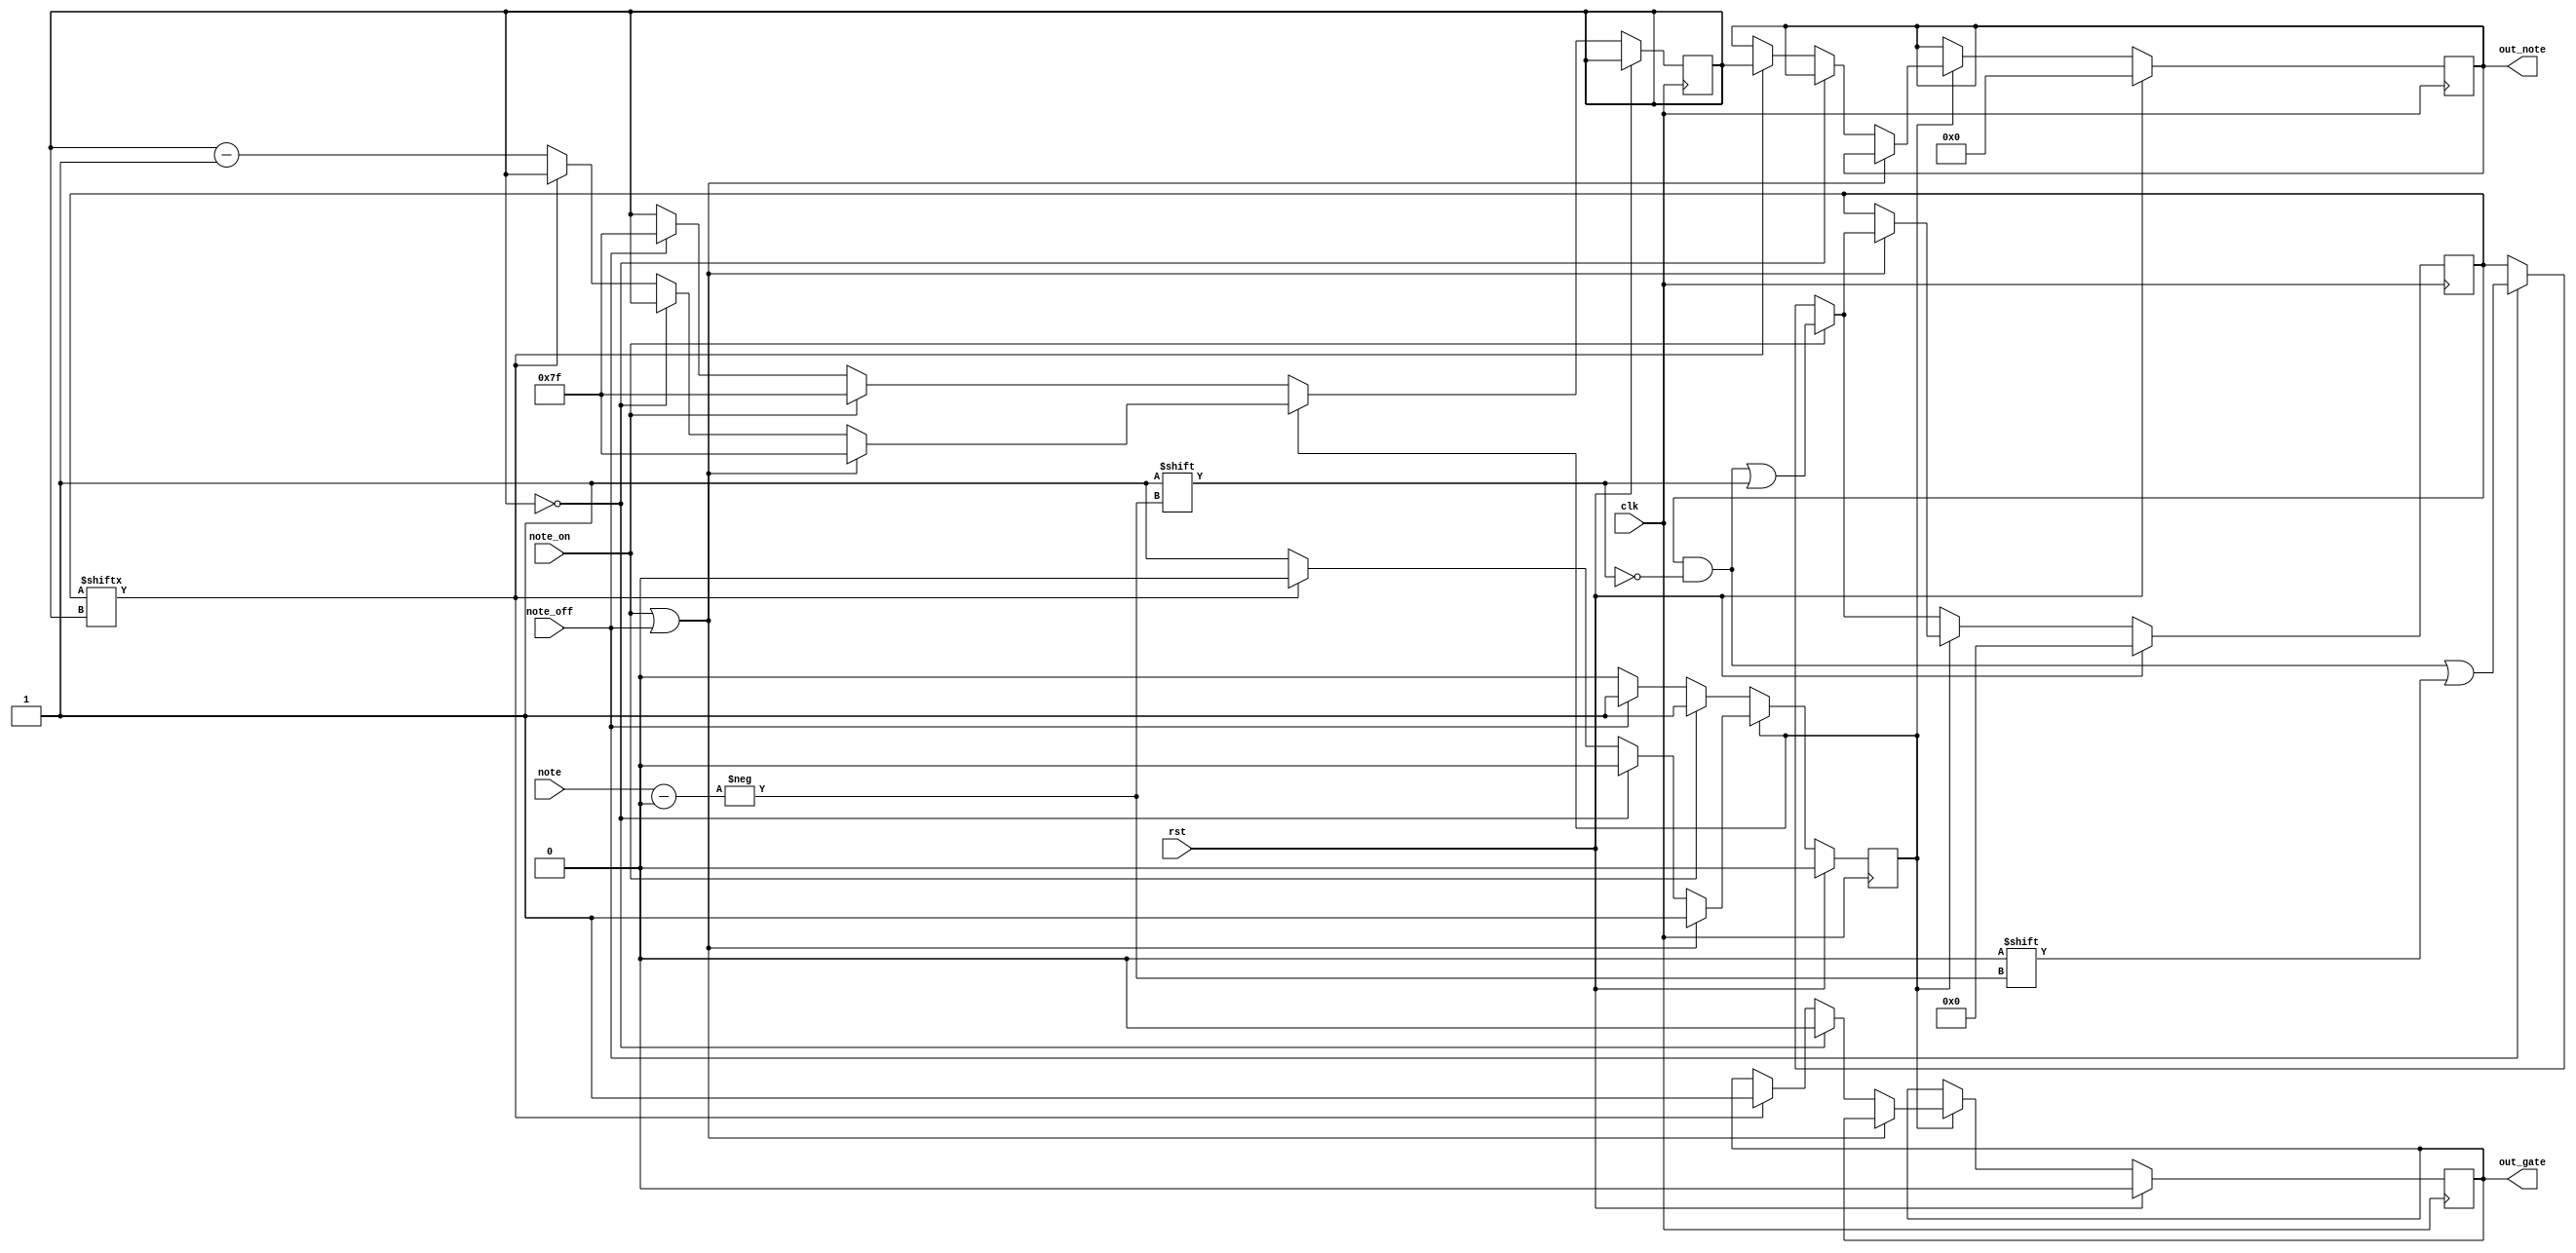
module note_mono_harray(clk, rst, note_on, note_off, note, out_note, out_gate);			   				   

//inputs outputs
input wire clk, rst, note_on, note_off;
input wire [6:0] note;
output wire [6:0] out_note;
output reg out_gate;

initial out_gate <= 0;

reg [6:0] t_out_note;
initial t_out_note <= 7'd0;

assign out_note = t_out_note;//(out_gate) ? t_out_note : 7'd0;

reg [127:0] keys;
initial keys <= 128'd0;
reg [6:0] bit_ptr;

//state list
parameter READY  = 1'd0;
parameter BUSY   = 1'd1;
reg state;
initial state <= READY;

always @(posedge clk) begin
	if (rst) begin
		out_gate <= 0;
		t_out_note <= 7'd0;
		keys <= 128'd0;
		state <= READY;
	end else if (state==READY) begin
		if (note_on) begin
			keys[note] <= 1;
			bit_ptr <= 7'd127;
			state <= BUSY;
		end else if (note_off) begin
			keys[note] <= 0;
			bit_ptr <= 7'd127;
			state <= BUSY;
		end
	end else if (state==BUSY) begin
		if (note_on||note_off) begin //     - 
			if (note_on) begin
				keys[note] <= 1;
			end else if (note_off) begin
				keys[note] <= 0;
			end
			bit_ptr <= 7'd127;
		end else if (bit_ptr==7'd0) begin //     
			out_gate <= 0;
			state <= READY;
		end else if (keys[bit_ptr]== 1'b1) begin //   -  
			out_gate <= 1;
			t_out_note <= bit_ptr;
			state <= READY;
		end else begin
			bit_ptr <= bit_ptr - 1'b1;
		end
	end
end

endmodule